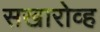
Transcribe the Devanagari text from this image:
सखारोव्ह